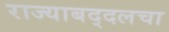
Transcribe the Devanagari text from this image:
राज्याबद्दलचा